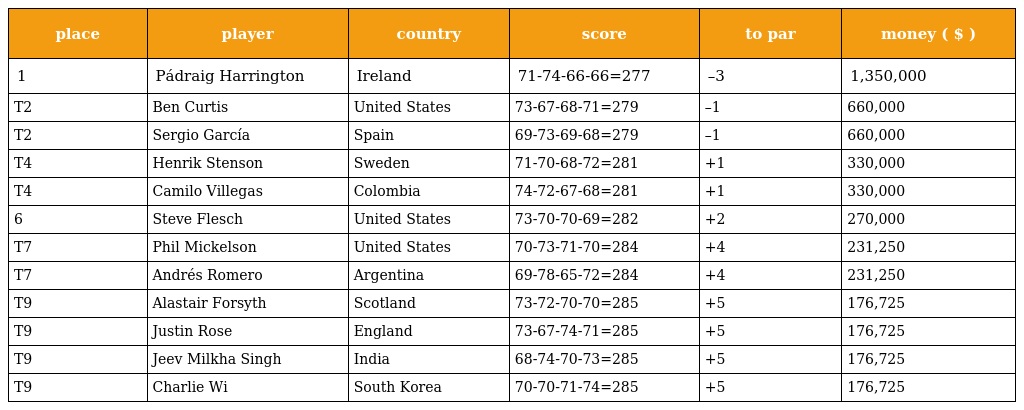
| place | player | country | score | to par | money ( $ ) |
 | --- | --- | --- | --- | --- | --- |
 | 1 | Pádraig Harrington | Ireland | 71-74-66-66=277 | –3 | 1,350,000 |
 | T2 | Ben Curtis | United States | 73-67-68-71=279 | –1 | 660,000 |
 | T2 | Sergio García | Spain | 69-73-69-68=279 | –1 | 660,000 |
 | T4 | Henrik Stenson | Sweden | 71-70-68-72=281 | +1 | 330,000 |
 | T4 | Camilo Villegas | Colombia | 74-72-67-68=281 | +1 | 330,000 |
 | 6 | Steve Flesch | United States | 73-70-70-69=282 | +2 | 270,000 |
 | T7 | Phil Mickelson | United States | 70-73-71-70=284 | +4 | 231,250 |
 | T7 | Andrés Romero | Argentina | 69-78-65-72=284 | +4 | 231,250 |
 | T9 | Alastair Forsyth | Scotland | 73-72-70-70=285 | +5 | 176,725 |
 | T9 | Justin Rose | England | 73-67-74-71=285 | +5 | 176,725 |
 | T9 | Jeev Milkha Singh | India | 68-74-70-73=285 | +5 | 176,725 |
 | T9 | Charlie Wi | South Korea | 70-70-71-74=285 | +5 | 176,725 |